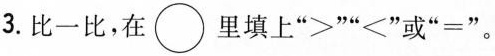
3.比一比，在\bigcirc里填上“>"“≤”或“=”。